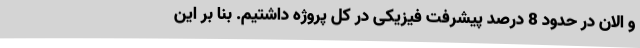
و الان در حدود 8 درصد پیشرفت فیزیکی در کل پروژه داشتیم. بنا بر این